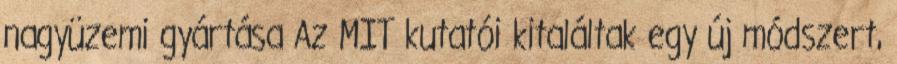
nagyüzemi gyártása Az MIT kutatói kitaláltak egy új módszert,